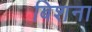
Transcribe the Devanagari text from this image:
बिशना